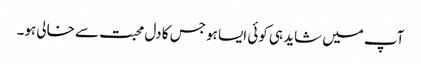
آپ میں شاید ہی کوئی ایسا ہو جس کا دل محبت سے خالی ہو۔